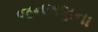
જનગણના